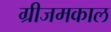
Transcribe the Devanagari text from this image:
ग्रीजमकाल